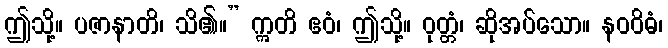
ဤသို့။ ပဇာနာတိ၊ သိ၏။” ဣတိ ဧဝံ၊ ဤသို့။ ဝုတ္တံ၊ ဆိုအပ်သော။ နဝဝိဓံ၊